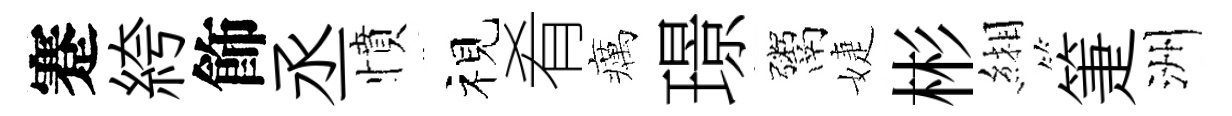
蹇絝飾丞憤视肴癘璟鬻婕彬緗箑洲